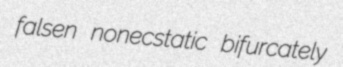
falsen nonecstatic bifurcately